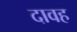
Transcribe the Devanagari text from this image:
दावह